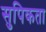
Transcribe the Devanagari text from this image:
सुपिकता